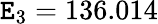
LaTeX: \mathtt{E}_{3}=136.014